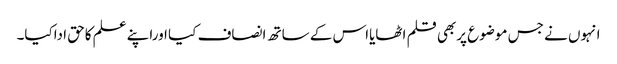
انہوں نے جس موضوع پربھی قلم اٹھایااس کے ساتھ انصاف کیا اوراپنے علم کاحق اداکیا۔